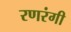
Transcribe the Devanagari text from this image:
रणरंगी